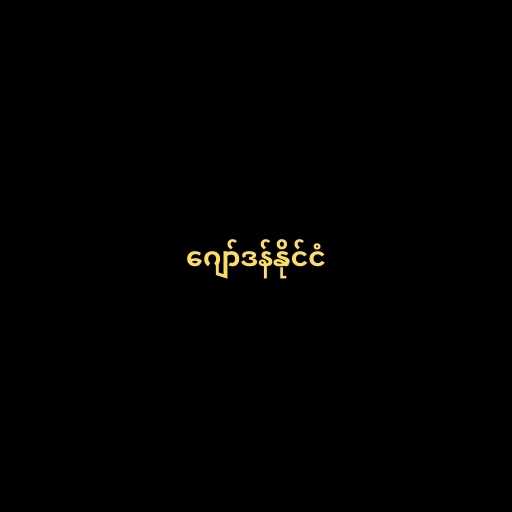
ဂျော်ဒန်နိုင်ငံ